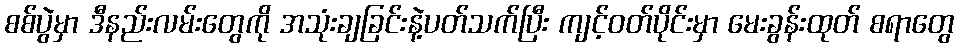
စစ်ပွဲမှာ ဒီနည်းလမ်းတွေကို အသုံးချခြင်းနဲ့ပတ်သက်ပြီး ကျင့်ဝတ်ပိုင်းမှာ မေးခွန်းထုတ် စရာတွေ